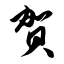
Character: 贺